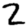
Digit: 2